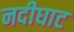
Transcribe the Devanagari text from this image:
नदीघाट